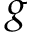
g